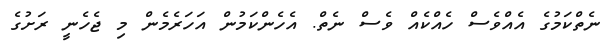
ނެތްކަމުގެ އެއްވެސް ހެއްކެއް ވެސް ނެތް. އެހެންކަމުން އަހަރެމެން މި ޖެހެނީ ރަށުގެ